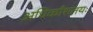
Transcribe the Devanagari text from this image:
अधिकाँशतयः